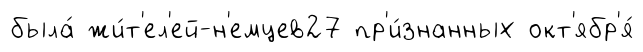
была́ жи́т'ел'ей-н'емцев27 пр'и́знанных окт'ябр'я́